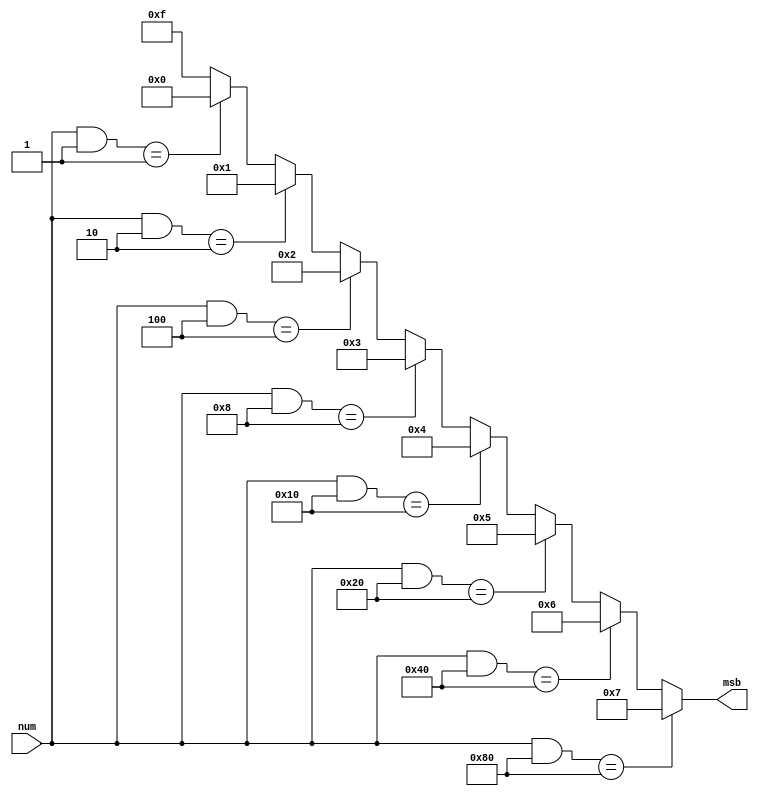
module ms_bit(
    input [7:0]num,

    output wire [3:0]msb
);

assign msb = (num & 8'b10000000) == 8'b10000000 ? 7 :
             (num & 8'b01000000) == 8'b01000000 ? 6 :
             (num & 8'b00100000) == 8'b00100000 ? 5 :
             (num & 8'b00010000) == 8'b00010000 ? 4 :
             (num & 8'b00001000) == 8'b00001000 ? 3 :
             (num & 8'b00000100) == 8'b00000100 ? 2 :
             (num & 8'b00000010) == 8'b00000010 ? 1 :
             (num & 8'b00000001) == 8'b00000001 ? 0 :        
             -1;

endmodule